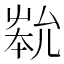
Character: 𡴞